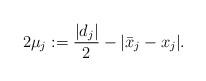
LaTeX: \begin{align*}2\mu_j:=\frac{|d_j|}{2}-|\bar x_j-x_j|.\end{align*}